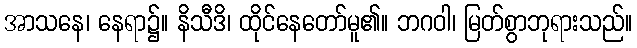
အာသနေ၊ နေရာ၌။ နိသီဒိ၊ ထိုင်နေတော်မူ၏။ ဘဂဝါ၊ မြတ်စွာဘုရားသည်။